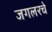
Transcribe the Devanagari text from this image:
जगलरचे